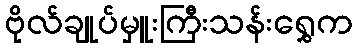
ဗိုလ်ချုပ်မှူးကြီးသန်းရွှေက